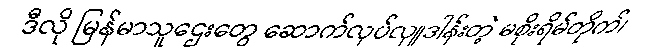
ဒီလို မြန်မာသူဌေးတွေ ဆောက်လုပ်လှူဒါန်းတဲ့ မစိုးရိမ်တိုက်၊